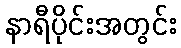
နာရီပိုင်းအတွင်း